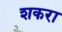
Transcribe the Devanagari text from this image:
शकरा